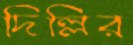
দিল্লির